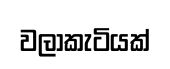
වලාකැටියක්